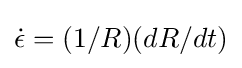
{\dot {\epsilon }}=(1/R)(dR/dt)